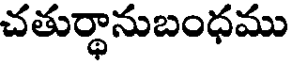
చతుర్ధానుబంధము